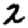
Digit: 2